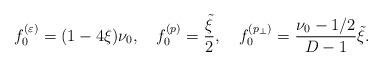
LaTeX: \begin{align*} f^{(\varepsilon )}_{0}=(1-4\xi )\nu _0,\quad f^{(p)}_{0}= \frac{\tilde \xi }{2},\quad f^{(p_{\perp })}_{0}=\frac{\nu _0-1/2}{D-1}\tilde \xi .\end{align*}